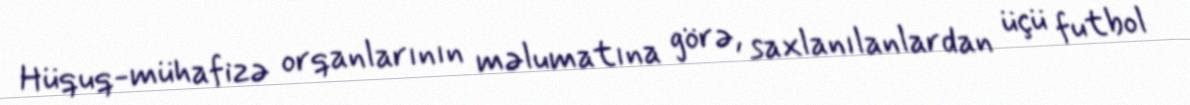
Hüquq-mühafizə orqanlarının məlumatına görə, saxlanılanlardan üçü futbol